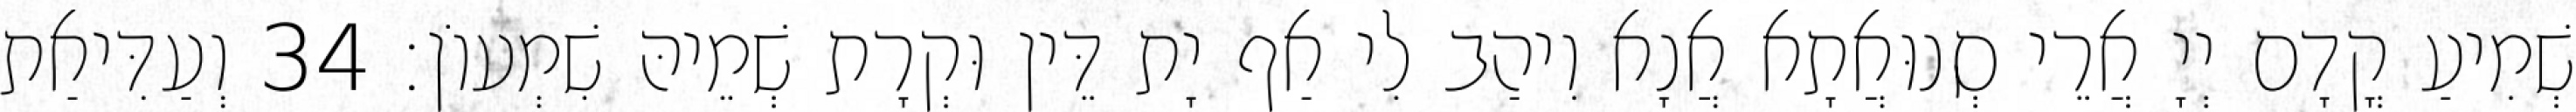
שְׁמִיעַ קֳדָם יְיָ אֲרֵי סְנוּאֲתָא אֲנָא וִיהַב לִי אַף יָת דֵּין וּקְרָת שְׁמֵיהּ שִׁמְעוֹן׃ 34 וְעַדִּיאַת